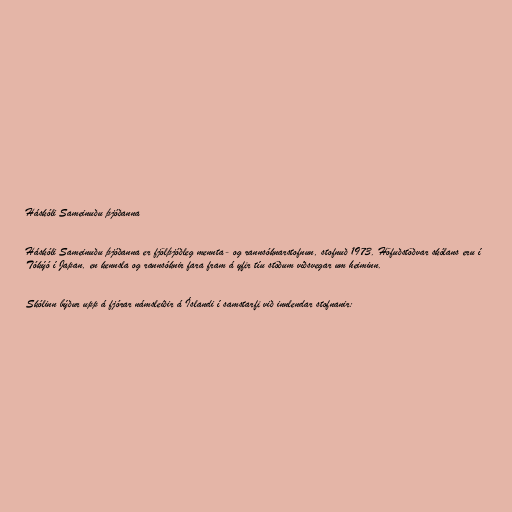
Háskóli Sameinuðu þjóðanna

Háskóli Sameinuðu þjóðanna er fjölþjóðleg mennta- og rannsóknarstofnun, stofnuð 1973. Höfuðstöðvar skólans eru í
Tókýó í Japan, en kennsla og rannsóknir fara fram á yfir tíu stöðum víðsvegar um heiminn.

Skólinn býður upp á fjórar námsleiðir á Íslandi í samstarfi við innlendar stofnanir: